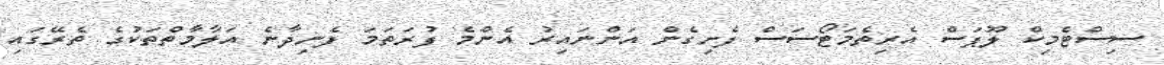
ސިސްޓެމިކް ލޫޕަސް އެރިތެމަޓޯސަސް ފެށިގެން އަންނައިރު އެންމެ ފުރަތަމަ ފެނިދާނެ އަލާމާތްތަކުގެ ތެރޭގައި